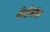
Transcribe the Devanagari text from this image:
वीडीमॉस